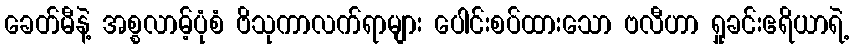
ခေတ်မီနဲ့ အစ္စလာမ့်ပုံစံ ဗိသုကာလက်ရာများ ပေါင်းစပ်ထားသော ဗလီဟာ ရှုခင်းဧရိယာရဲ့